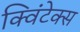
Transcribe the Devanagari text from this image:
क्विंटेक्स